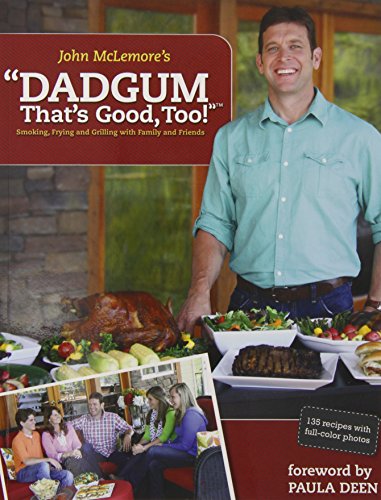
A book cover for Dadgum That's Good, Too!; John McLemore; Cookbooks, Food & Wine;